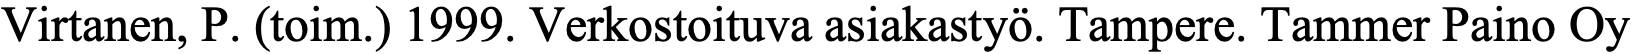
Virtanen, P. (toim.) 1999. Verkostoituva asiakastyö. Tampere. Tammer Paino Oy